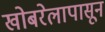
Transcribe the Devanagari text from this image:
खोबरेलापासून